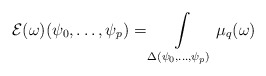
\begin{align*} \mathcal{E} (\omega) (\psi_0,\dots,\psi_{p})= \int\limits_{\Delta(\psi_0,\dots,\psi_{p})} \mu_q(\omega)\end{align*}